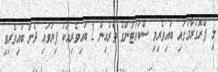
މި ޕްރޮގްރާމުގައި ބައިވެރިވި ސްކައުޓުންގެ ތެރެއިން 2 ބައިވެރިއަކު ފިޔަވައި ދެން ބައިވެރިވި